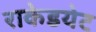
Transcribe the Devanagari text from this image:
राकेडयेट